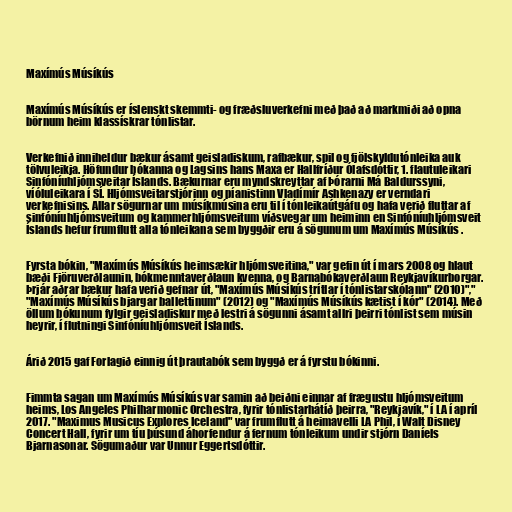
Maxímús Músíkús

Maxímús Músíkús er íslenskt skemmti- og fræðsluverkefni með það að markmiði að opna
börnum heim klassískrar tónlistar.

Verkefnið inniheldur bækur ásamt geisladiskum, rafbækur, spil og fjölskyldutónleika auk
tölvuleikja. Höfundur bókanna og Lagsins hans Maxa er Hallfríður Ólafsdóttir, 1. flautuleikari
Sinfóníuhljómsveitar Íslands. Bækurnar eru myndskreyttar af Þórarni Má Baldurssyni,
víóluleikara í SÍ. Hljómsveitarstjórinn og píanistinn Vladímír Ashkenazy er verndari
verkefnisins. Allar sögurnar um músíkmúsina eru til í tónleikaútgáfu og hafa verið fluttar af
sinfóníuhljómsveitum og kammerhljómsveitum víðsvegar um heiminn en Sinfóníuhljómsveit
Íslands hefur frumflutt alla tónleikana sem byggðir eru á sögunum um Maxímús Músíkús .

Fyrsta bókin, "Maxímús Músíkús heimsækir hljómsveitina," var gefin út í mars 2008 og hlaut
bæði Fjöruverðlaunin, bókmenntaverðlaun kvenna, og Barnabókaverðlaun Reykjavíkurborgar.
Þrjár aðrar bækur hafa verið gefnar út, "Maxímús Músíkús trítlar í tónlistarskólann" (2010)","
"Maxímús Músíkús bjargar ballettinum" (2012) og "Maxímús Músíkús kætist í kór" (2014). Með
öllum bókunum fylgir geisladiskur með lestri á sögunni ásamt allri þeirri tónlist sem músin
heyrir, í flutningi Sinfóníuhljómsveit Íslands.

Árið 2015 gaf Forlagið einnig út þrautabók sem byggð er á fyrstu bókinni.

Fimmta sagan um Maxímús Músíkús var samin að beiðni einnar af frægustu hljómsveitum
heims, Los Angeles Philharmonic Orchestra, fyrir tónlistarhátíð þeirra, "Reykjavík," í LA í apríl
2017. "Maximus Musicus Explores Iceland" var frumflutt á heimavelli LA Phil, í Walt Disney
Concert Hall, fyrir um tíu þúsund áhorfendur á fernum tónleikum undir stjórn Daníels
Bjarnasonar. Sögumaður var Unnur Eggertsdóttir.